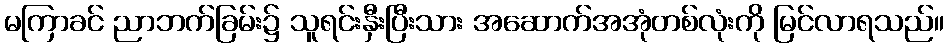
မကြာခင် ညာဘက်ခြမ်း၌ သူရင်းနှီးပြီးသား အဆောက်အအုံတစ်လုံးကို မြင်လာရသည်။